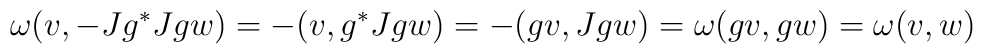
\omega (v,-Jg^*Jgw) =-(v,g^*Jgw)=-(gv,Jgw)=\omega (gv,gw) =\omega(v,w)